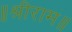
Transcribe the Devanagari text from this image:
॥श्रीराम॥